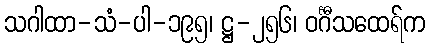
သဂါထာ-သံ-ပါ-၁၉၅၊ ဋ္ဌ-၂၅၆၊ ဝင်္ဂီသထေရ်က